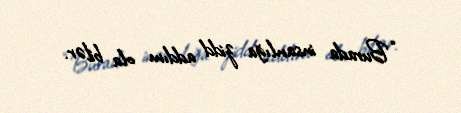
“Burada insanlığa zidd addım ola bilər.